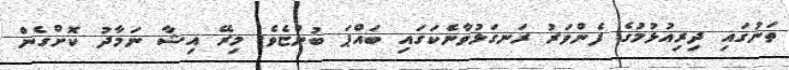
ތަނުގައި ދިރިއުޅުމުގެ ފެންވަރު ރަނގަޅުވާނެކަގައި ބައްޕަ ބުންޏެވެ. މިރޭ އިޝާ ނަމާދު ކޮށްގެން